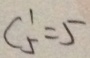
C ^ { 1 } _ { 5 } = 5